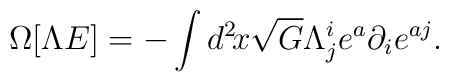
\Omega[\Lambda E] = -\int d^2\!x \sqrt{G} \Lambda^i_j   e^a \partial_ie^{aj}.